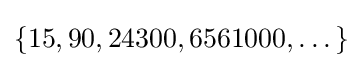
\{15,90,24300,6561000,\dots \}